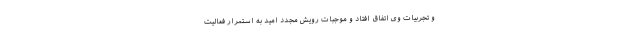
و تجربیات وی اتفاق افتاد و موجبات رویش مجدد امید به استمرار فعالیت